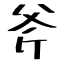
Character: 斧